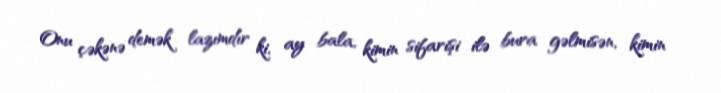
Onu çəkənə demək lazımdır ki, ay bala, kimin sifarişi ilə bura gəlmisən, kimin